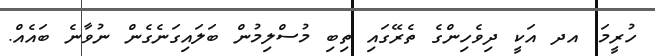
ހުރީމަ. އދ އަކީ ދިވެހިންގެ ތެރޭގައި ތިބި މުސްލިމުން ބަލައިގަނެގެން ނުވާނެ ބައެއް.